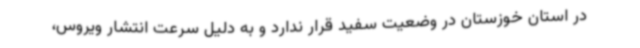
در استان خوزستان در وضعیت سفید قرار ندارد و به دلیل سرعت انتشار ویروس،